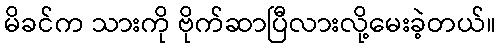
မိခင်က သားကို ဗိုက်ဆာပြီလားလို့မေးခဲ့တယ်။